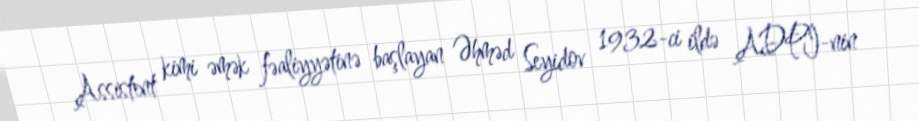
Assistent kimi əmək fəaliyyətinə başlayan Əhməd Seyidov 1932-ci ildə ADPİ-nin